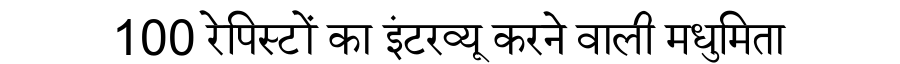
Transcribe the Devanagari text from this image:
100 रेपिस्टों का इंटरव्यू करने वाली मधुमिता